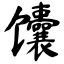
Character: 馕